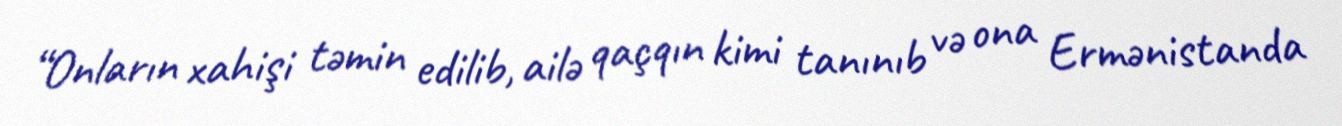
“Onların xahişi təmin edilib, ailə qaçqın kimi tanınıb və ona Ermənistanda